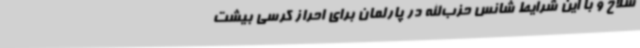
سلاح و با این شرایط شانس حزب‌الله در پارلمان برای احراز کرسی بیشت